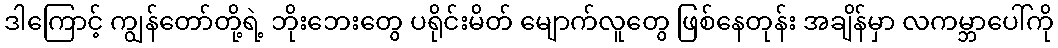
ဒါကြောင့် ကျွန်တော်တို့ရဲ့ ဘိုးဘေးတွေ ပရိုင်းမိတ် မျောက်လူတွေ ဖြစ်နေတုန်း အချိန်မှာ လကမ္ဘာပေါ်ကို